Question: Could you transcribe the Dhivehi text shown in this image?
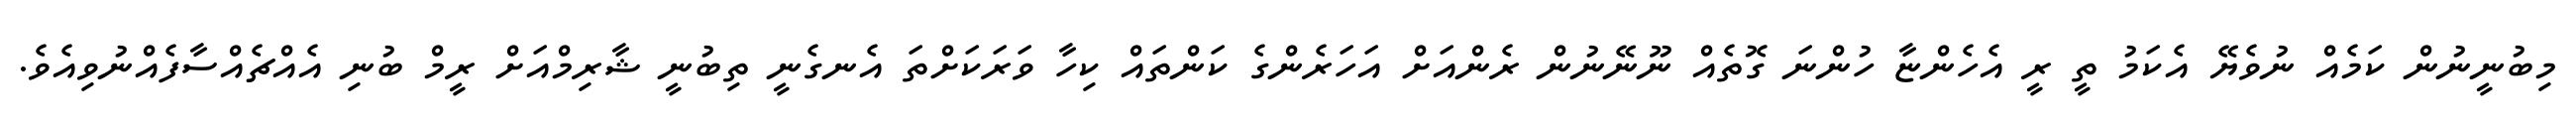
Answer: މިބުނީނުން ކަމެއް ނުވެޔޭ އެކަމު ތީ ރީ އެހެންޏާ ހުންނަ ގޮތެއް ނޫނޭނުން ރެންއަށް އަހަރެންގެ ކަންތައް ކިހާ ވަރަކަށްތަ އެނގެނީ ތިބުނީ ޝާރިމްއަށް ރީމް ބުނި އެއްޗެއްސާފެއްނުވިއެވެ.